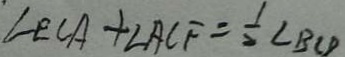
\angle E C A + \angle A C F = \frac { 1 } { 2 } \angle B C D